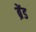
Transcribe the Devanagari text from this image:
ब्रेंड